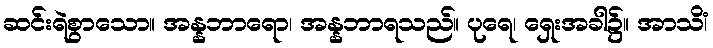
ဆင်းရဲစွာသော။ အန္နဘာရော၊ အန္နဘာရသည်။ ပုရေ၊ ရှေးအခါ၌။ အာသိံ၊